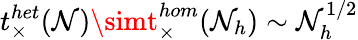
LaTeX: t_{\times}^{het}(\mathcal{N})\simt_{\times}^{hom}(\mathcal{N}_{h})\sim\mathcal{N}_{h}^{1/2}